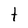
Character: t